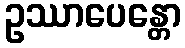
ဥဿာပေန္တော